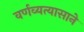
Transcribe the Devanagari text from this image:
वर्णव्यत्यासाने